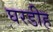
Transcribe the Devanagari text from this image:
घरडीह